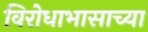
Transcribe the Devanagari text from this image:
विरोधाभासाच्या